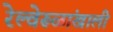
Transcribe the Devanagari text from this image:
रेल्वेरूळांखाली